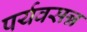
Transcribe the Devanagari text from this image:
पर्यवसन्न